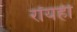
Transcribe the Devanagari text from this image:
रॉयही